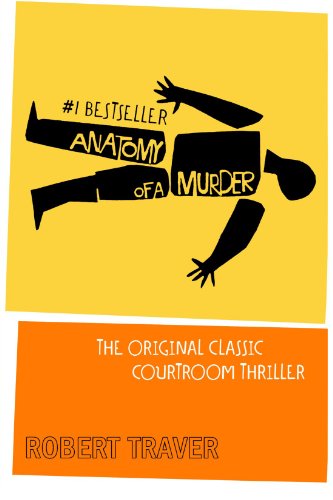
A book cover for Anatomy of a Murder; Robert Traver; Mystery, Thriller & Suspense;